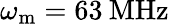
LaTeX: \omega_{\mathrm{m}}=63\: \mathrm{MHz}